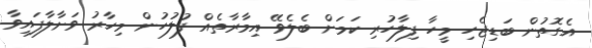
އެގޮތުން ބަޑިޖެހި މީހާ ފިލާހުރި ކަމަށް ބެލެވޭ އިމާރާތެއް ފުލުހުން މިހާރު ވަށާލާފައިވާ